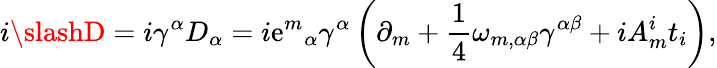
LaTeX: i\slashD=i\gamma^{\alpha}D_{\alpha}=i{\mathrm{e}^{m}}_{\alpha}\gamma^{\alpha}\left(\partial_{m}+{\frac{{1}}{{4}}}\omega_{m,\alpha\beta}\gamma^{\alpha\beta}+iA_{m}^{i}t_{i}\right),